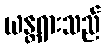
ယန္တရားသည်